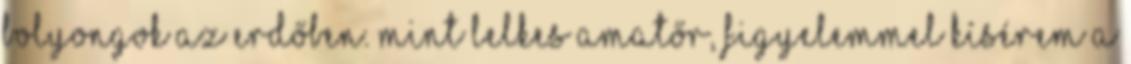
bolyongok az erdőben. Mint lelkes amatőr, figyelemmel kísérem a